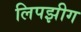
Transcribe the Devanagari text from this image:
लिपझीग